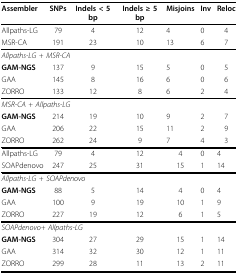
<table><thead><tr><td><b>Assembler</b></td><td><b>SNPs</b></td><td><b>Indels &lt; 5 bp</b></td><td><b>Indels ≥ 5 bp</b></td><td><b>Misjoins</b></td><td><b>Inv</b></td><td><b>Reloc</b></td></tr></thead><tbody><tr><td>Allpaths-LG</td><td>79</td><td>4</td><td>12</td><td>4</td><td>0</td><td>4</td></tr><tr><td>MSR-CA</td><td>191</td><td>23</td><td>10</td><td>13</td><td>6</td><td>7</td></tr><tr><td colspan="7"><i>Allpaths-LG + MSR-CA</i></td></tr><tr><td><b>GAM-NGS</b></td><td>137</td><td>9</td><td>15</td><td>5</td><td>0</td><td>5</td></tr><tr><td>GAA</td><td>145</td><td>8</td><td>16</td><td>6</td><td>0</td><td>6</td></tr><tr><td>ZORRO</td><td>133</td><td>12</td><td>8</td><td>6</td><td>2</td><td>4</td></tr><tr><td colspan="7"><i>MSR-CA + Allpaths-LG</i></td></tr><tr><td><b>GAM-NGS</b></td><td>214</td><td>19</td><td>10</td><td>9</td><td>2</td><td>7</td></tr><tr><td>GAA</td><td>206</td><td>22</td><td>15</td><td>11</td><td>2</td><td>9</td></tr><tr><td>ZORRO</td><td>262</td><td>24</td><td>9</td><td>7</td><td>4</td><td>3</td></tr><tr><td>Allpaths-LG</td><td>79</td><td>4</td><td>12</td><td>4</td><td>0</td><td>4</td></tr><tr><td>SOAPdenovo</td><td>247</td><td>25</td><td>31</td><td>15</td><td>1</td><td>14</td></tr><tr><td colspan="7"><i>Allpaths-LG + SOAPdenovo</i></td></tr><tr><td><b>GAM-NGS</b></td><td>88</td><td>5</td><td>14</td><td>4</td><td>0</td><td>4</td></tr><tr><td>GAA</td><td>100</td><td>9</td><td>19</td><td>10</td><td>1</td><td>9</td></tr><tr><td>ZORRO</td><td>227</td><td>19</td><td>12</td><td>6</td><td>1</td><td>5</td></tr><tr><td colspan="7"><i>SOAPdenovo+ Allpaths-LG</i></td></tr><tr><td><b>GAM-NGS</b></td><td>304</td><td>27</td><td>29</td><td>15</td><td>1</td><td>14</td></tr><tr><td>GAA</td><td>314</td><td>32</td><td>30</td><td>12</td><td>1</td><td>11</td></tr><tr><td>ZORRO</td><td>299</td><td>28</td><td>11</td><td>13</td><td>2</td><td>11</td></tr></tbody></table>